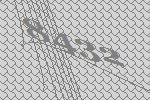
8432